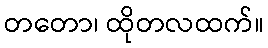
တတော၊ ထိုတလထက်။